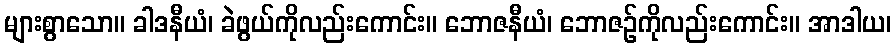
များစွာသော။ ခါဒနီယံ၊ ခဲဖွယ်ကိုလည်းကောင်း။ ဘောဇနီယံ၊ ဘောဇဉ်ကိုလည်းကောင်း။ အာဒါယ၊